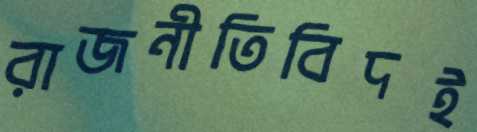
রাজনীতিবিদই